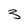
Character: 3